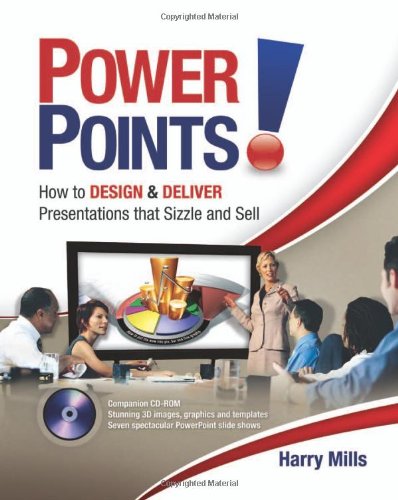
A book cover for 2007 Spring list: Power Points!: How to Design and Deliver Presentations That Sizzle and Sell; Harry Mills; Computers & Technology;